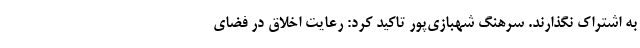
به اشتراک نگذارند. سرهنگ شهبازی‌پور تاکید کرد: رعایت اخلاق در فضای